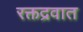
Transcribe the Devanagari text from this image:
रक्तद्रवात